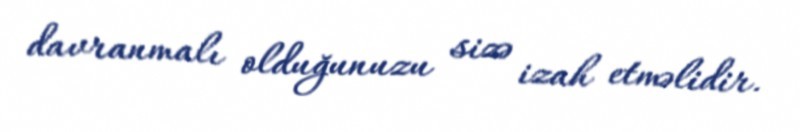
davranmalı olduğunuzu sizə izah etməlidir.